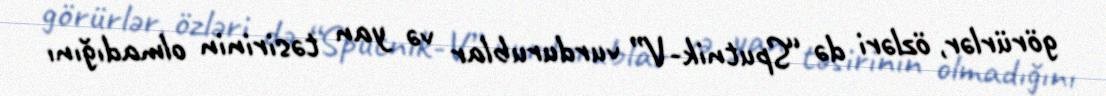
görürlər, özləri də “Sputnik-V” vurdurublar və yan təsirinin olmadığını